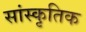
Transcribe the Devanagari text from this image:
सांस्कृ़तिक